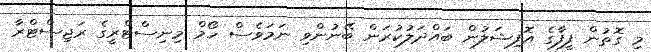
މި ގޮތުން ފީފާގެ އޮފިޝަލުން ބައްދަލުކުރަން ބޭނުންވި ނަމަވެސް ހޯމް މިނިސްޓްރީގެ ރަޖިސްޓްރާ